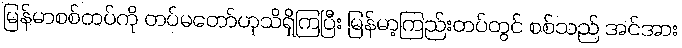
မြန်မာစစ်တပ်ကို တပ်မတော်ဟုသိရှိကြပြီး မြန်မာ့ကြည်းတပ်တွင် စစ်သည် အင်အား